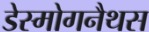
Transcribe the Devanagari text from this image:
डेस्मोगनैथस